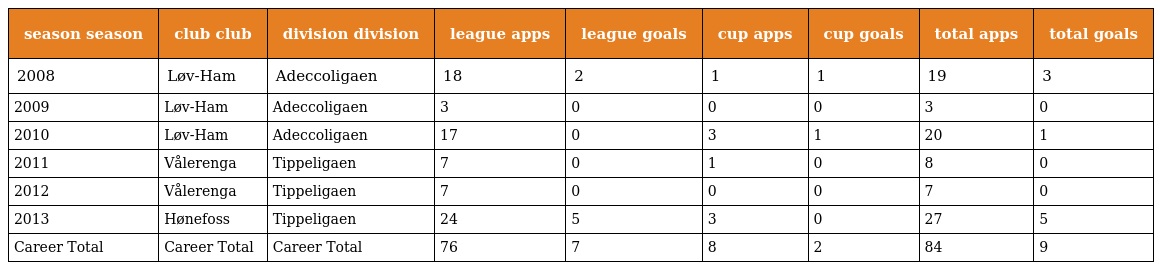
| season season | club club | division division | league apps | league goals | cup apps | cup goals | total apps | total goals |
 | --- | --- | --- | --- | --- | --- | --- | --- | --- |
 | 2008 | Løv-Ham | Adeccoligaen | 18 | 2 | 1 | 1 | 19 | 3 |
 | 2009 | Løv-Ham | Adeccoligaen | 3 | 0 | 0 | 0 | 3 | 0 |
 | 2010 | Løv-Ham | Adeccoligaen | 17 | 0 | 3 | 1 | 20 | 1 |
 | 2011 | Vålerenga | Tippeligaen | 7 | 0 | 1 | 0 | 8 | 0 |
 | 2012 | Vålerenga | Tippeligaen | 7 | 0 | 0 | 0 | 7 | 0 |
 | 2013 | Hønefoss | Tippeligaen | 24 | 5 | 3 | 0 | 27 | 5 |
 | Career Total | Career Total | Career Total | 76 | 7 | 8 | 2 | 84 | 9 |